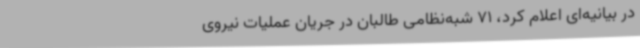
در بیانیه‌ای اعلام کرد، 71 شبه‌نظامی طالبان در جریان عملیات نیروی